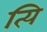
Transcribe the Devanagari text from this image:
त्यि